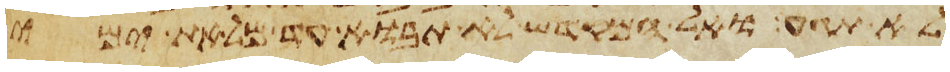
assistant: לא תגע ואל המקדש לא תבוא עד מלאת ימי